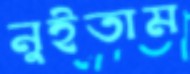
নুইতাম